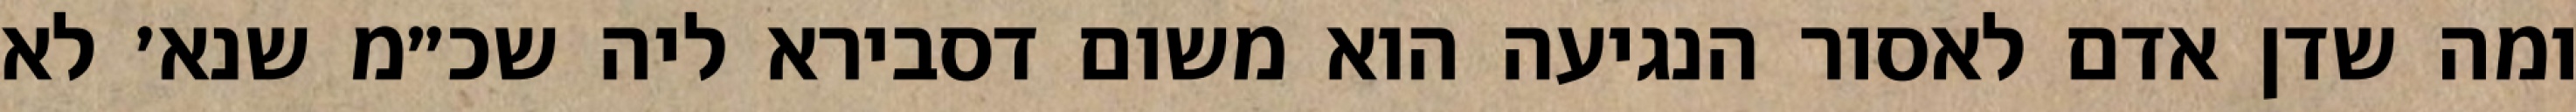
ומה שדן אדם לאסור הנגיעה הוא משום דסבירא ליה שכ״מ שנא׳ לא